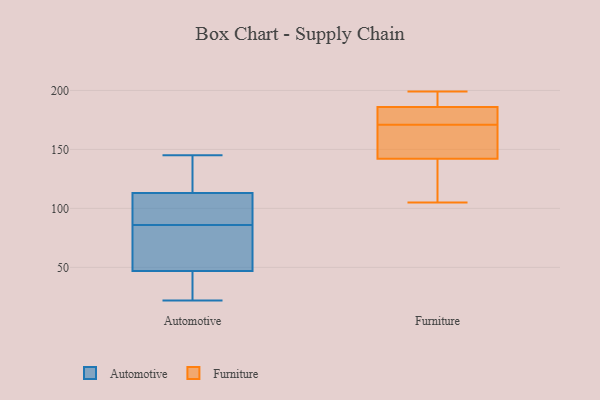
{"axis": {"x": "Energy Usage (MWh)", "y": "Value"}, "legend": ["Automotive", "Furniture"], "data": [{"x": "", "y": 68, "type": "Automotive"}, {"x": "", "y": 134, "type": "Automotive"}, {"x": "", "y": 76, "type": "Automotive"}, {"x": "", "y": 105, "type": "Automotive"}, {"x": "", "y": 110, "type": "Automotive"}, {"x": "", "y": 122, "type": "Automotive"}, {"x": "", "y": 86, "type": "Automotive"}, {"x": "", "y": 49, "type": "Automotive"}, {"x": "", "y": 26, "type": "Automotive"}, {"x": "", "y": 145, "type": "Automotive"}, {"x": "", "y": 22, "type": "Automotive"}, {"x": "", "y": 41, "type": "Automotive"}, {"x": "", "y": 90, "type": "Automotive"}, {"x": "", "y": 170, "type": "Furniture"}, {"x": "", "y": 190, "type": "Furniture"}, {"x": "", "y": 186, "type": "Furniture"}, {"x": "", "y": 142, "type": "Furniture"}, {"x": "", "y": 172, "type": "Furniture"}, {"x": "", "y": 105, "type": "Furniture"}, {"x": "", "y": 149, "type": "Furniture"}, {"x": "", "y": 121, "type": "Furniture"}, {"x": "", "y": 199, "type": "Furniture"}, {"x": "", "y": 177, "type": "Furniture"}]}